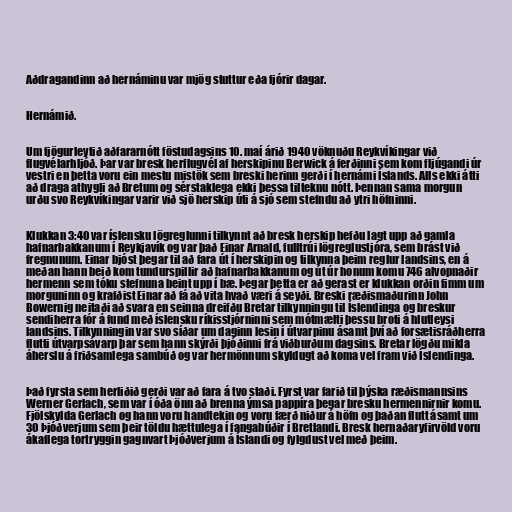
Aðdragandinn að hernáminu var mjög stuttur eða fjórir dagar.

Hernámið.

Um fjögurleytið aðfararnótt föstudagsins 10. maí árið 1940 vöknuðu Reykvíkingar við
flugvélarhljóð. Þar var bresk herflugvél af herskipinu Berwick á ferðinni sem kom fljúgandi úr
vestri en þetta voru ein mestu mistök sem breski herinn gerði í hernámi Íslands. Alls ekki átti
að draga athygli að Bretum og sérstaklega ekki þessa tilteknu nótt. Þennan sama morgun
urðu svo Reykvíkingar varir við sjö herskip úti á sjó sem stefndu að ytri höfninni.

Klukkan 3:40 var íslensku lögreglunni tilkynnt að bresk herskip hefðu lagt upp að gamla
hafnarbakkanum í Reykjavík og var það Einar Arnald, fulltrúi lögreglustjóra, sem brást við
fregnunum. Einar bjóst þegar til að fara út í herskipin og tilkynna þeim reglur landsins, en á
meðan hann beið kom tundurspillir að hafnarbakkanum og út úr honum komu 746 alvopnaðir
hermenn sem tóku stefnuna beint upp í bæ. Þegar þetta er að gerast er klukkan orðin fimm um
morguninn og krafðist Einar að fá að vita hvað væri á seyði. Breski ræðismaðurinn John
Bowernig neitaði að svara en seinna dreifðu Bretar tilkynningu til Íslendinga og breskur
sendiherra fór á fund með íslensku ríkisstjórninni sem mótmælti þessu broti á hlutleysi
landsins. Tilkynningin var svo síðar um daginn lesin í útvarpinu ásamt því að forsætisráðherra
flutti útvarpsávarp þar sem hann skýrði þjóðinni frá viðburðum dagsins. Bretar lögðu mikla
áherslu á friðsamlega sambúð og var hermönnum skyldugt að koma vel fram við Íslendinga.

Það fyrsta sem herliðið gerði var að fara á tvo staði. Fyrst var farið til þýska ræðismannsins
Werner Gerlach, sem var í óða önn að brenna ýmsa pappíra þegar bresku hermennirnir komu.
Fjölskylda Gerlach og hann voru handtekin og voru færð niður á höfn og þaðan flutt ásamt um
30 Þjóðverjum sem þeir töldu hættulega í fangabúðir í Bretlandi. Bresk hernaðaryfirvöld voru
ákaflega tortryggin gagnvart Þjóðverjum á Íslandi og fylgdust vel með þeim.